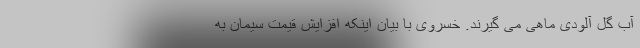
آب گل آلودی ماهی می گیرند. خسروی با بیان اینکه افزایش قیمت سیمان به